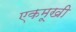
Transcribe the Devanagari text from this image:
एकमूखी